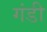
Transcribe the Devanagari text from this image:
गंडी